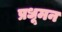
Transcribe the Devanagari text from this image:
प्रधूमन